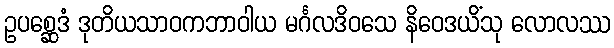
ဥပစ္ဆေဒံ ဒုတိယသာဝကဘာဝါယ မင်္ဂလဒိဝသေ နိဝေဒယိံသု လောလဿ